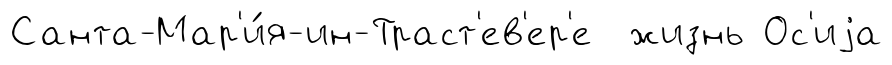
Санта-Мар'и́я-ин-Траст'ев'ер'е жизнь Ос'иjа